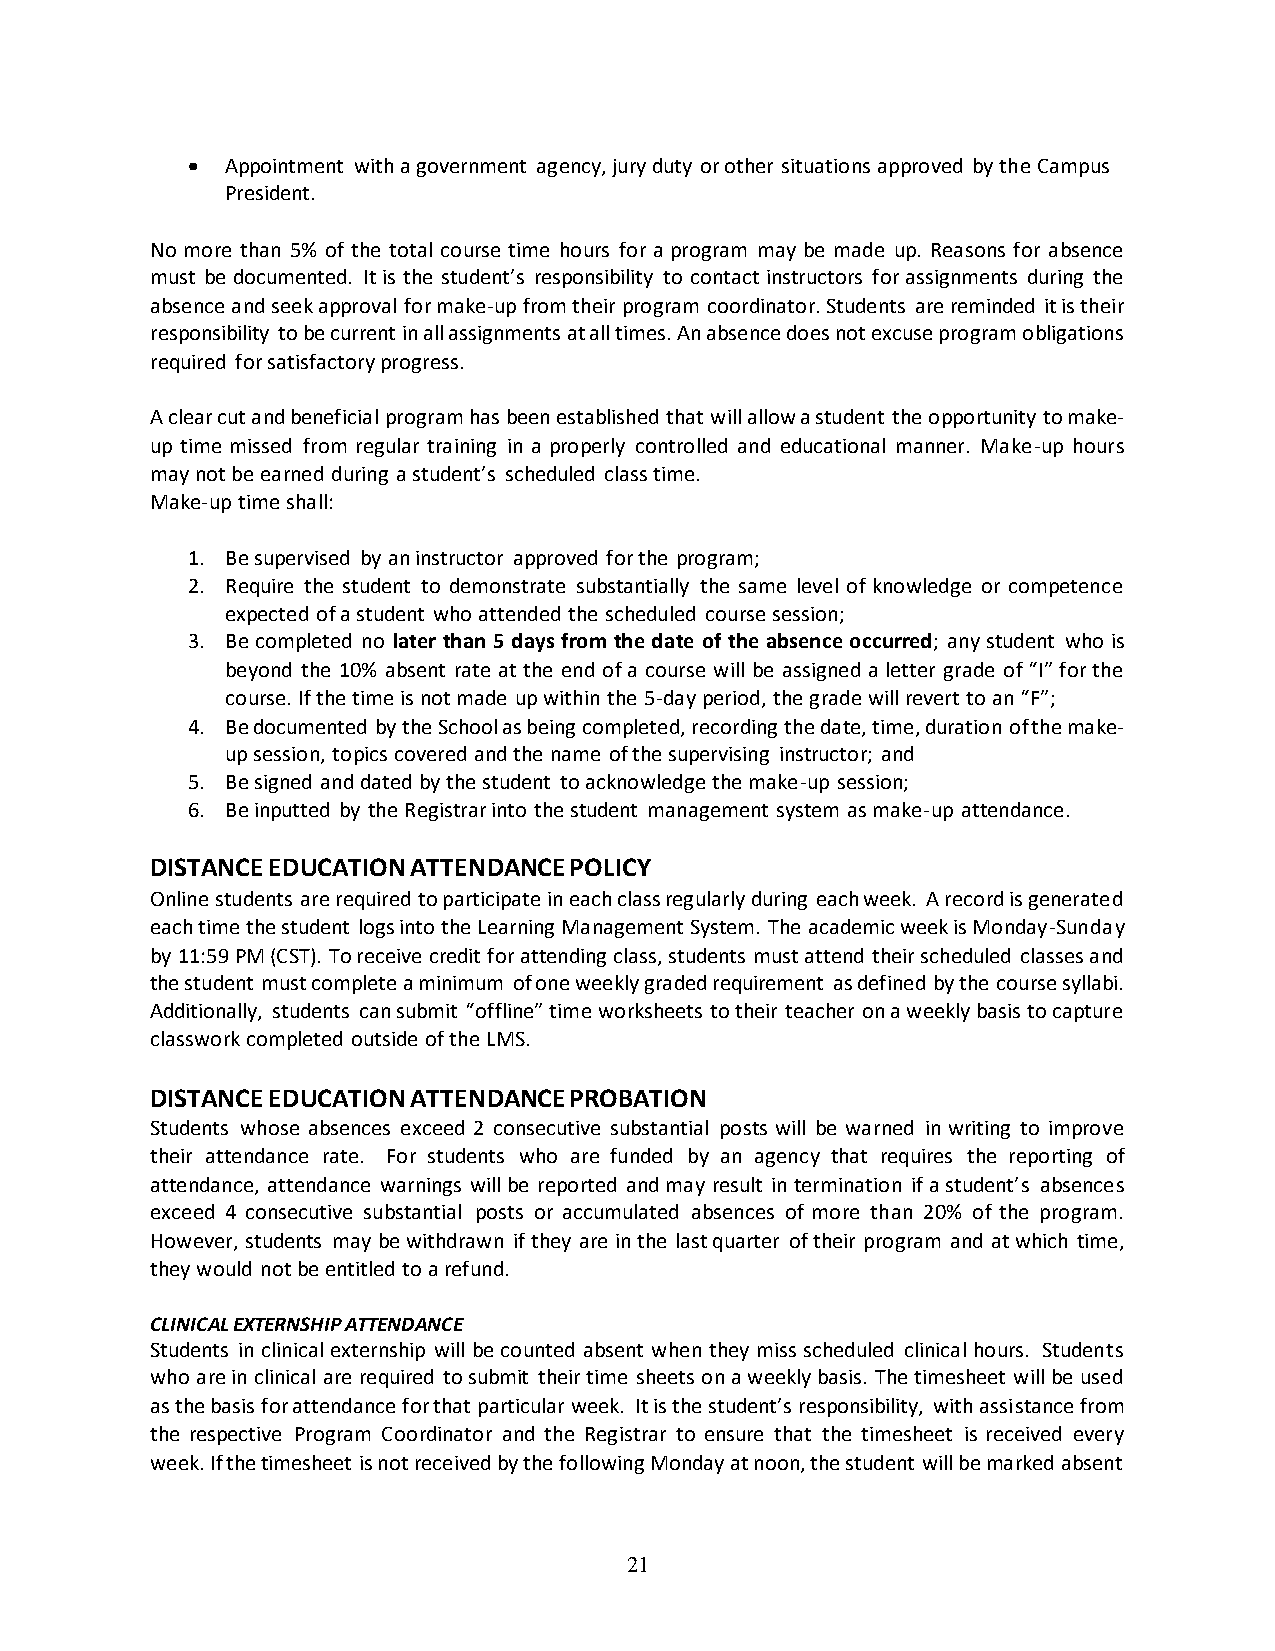
•  Appointment with a government agency, jury duty or other situations approved by the Campus
 President.
 No more than 5% of the total course time hours for a program may be made up. Reasons for absence
 must be documented. It is the student’s responsibility to contact instructors for assignments during the
 absence and seek approval for make-up from their program coordinator. Students are reminded it is their
 responsibility to be current in all assignments at all times. An absence does not excuse program obligations
 required for satisfactory progress.
 A clear cut and beneficial program has been established that will allow a student the opportunity to make-
 up time missed from regular training in a properly controlled and educational manner. Make-up hours
 may not be earned during a student’s scheduled class time.
 Make-up time shall:
 1. Be supervised by an instructor approved for the program;
 2. Require the student to demonstrate substantially the same level of knowledge or competence
 expected of a student who attended the scheduled course session;
 3. Be completed no later than 5 days from the date of the absence occurred; any student who is
 beyond the 10% absent rate at the end of a course will be assigned a letter grade of “I” for the
 course. If the time is not made up within the 5-day period, the grade will revert to an “F”;
 4. Be documented by the School as being completed, recording the date, time, duration of the make-
 up session, topics covered and the name of the supervising instructor; and
 5. Be signed and dated by the student to acknowledge the make-up session;
 6. Be inputted by the Registrar into the student management system as make-up attendance.
 DISTANCE EDUCATION ATTENDANCE POLICY
 Online students are required to participate in each class regularly during each week. A record is generated
 each time the student logs into the Learning Management System. The academic week is Monday-Sunday
 by 11:59 PM (CST). To receive credit for attending class, students must attend their scheduled classes and
 the student must complete a minimum of one weekly graded requirement as defined by the course syllabi.
 Additionally, students can submit “offline” time worksheets to their teacher on a weekly basis to capture
 classwork completed outside of the LMS.
 DISTANCE EDUCATION ATTENDANCE PROBATION
 Students whose absences exceed 2 consecutive substantial posts will be warned in writing to improve
 their attendance rate. For students who are funded by an agency that requires the reporting of
 attendance, attendance warnings will be reported and may result in termination if a student’s absences
 exceed 4 consecutive substantial posts or accumulated absences of more than 20% of the program.
 However, students may be withdrawn if they are in the last quarter of their program and at which time,
 they would not be entitled to a refund.
 CLINICAL EXTERNSHIP ATTENDANCE
 Students in clinical externship will be counted absent when they miss scheduled clinical hours. Students
 who are in clinical are required to submit their time sheets on a weekly basis. The timesheet will be used
 as the basis for attendance for that particular week. It is the student’s responsibility, with assistance from
 the respective Program Coordinator and the Registrar to ensure that the timesheet is received every
 week. If the timesheet is not received by the following Monday at noon, the student will be marked absent
 21